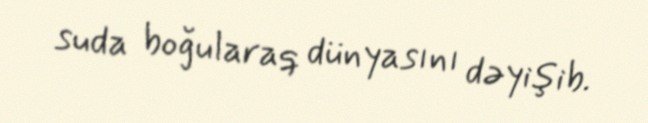
suda boğularaq dünyasını dəyişib.